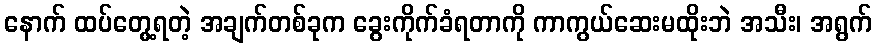
နောက် ထပ်တွေ့ရတဲ့ အချက်တစ်ခုက ခွေးကိုက်ခံရတာကို ကာကွယ်ဆေးမထိုးဘဲ အသီး၊ အရွက်